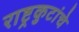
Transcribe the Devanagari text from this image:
राष्ट्रकुटांचे